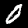
Label: 0